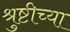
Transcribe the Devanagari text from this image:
श्रुष्टीच्या